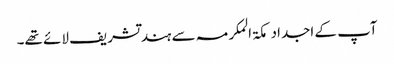
آپ کے اجداد مکۃ المکرمہ سے ہند تشریف لائے تھے۔